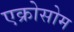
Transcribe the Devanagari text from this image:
एक्रोसोम